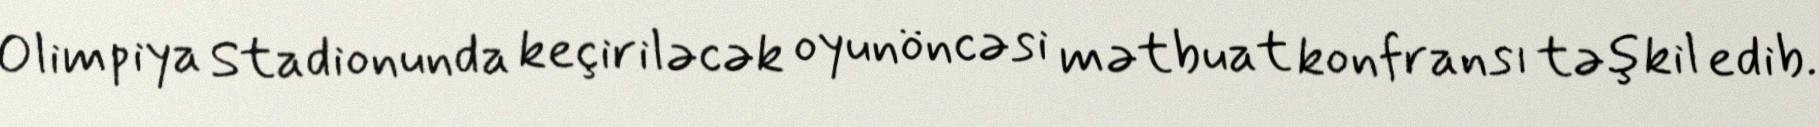
Olimpiya Stadionunda keçiriləcək oyunöncəsi mətbuat konfransı təşkil edib.